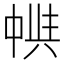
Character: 𠁵